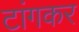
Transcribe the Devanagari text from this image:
टांगकर